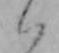
ハ